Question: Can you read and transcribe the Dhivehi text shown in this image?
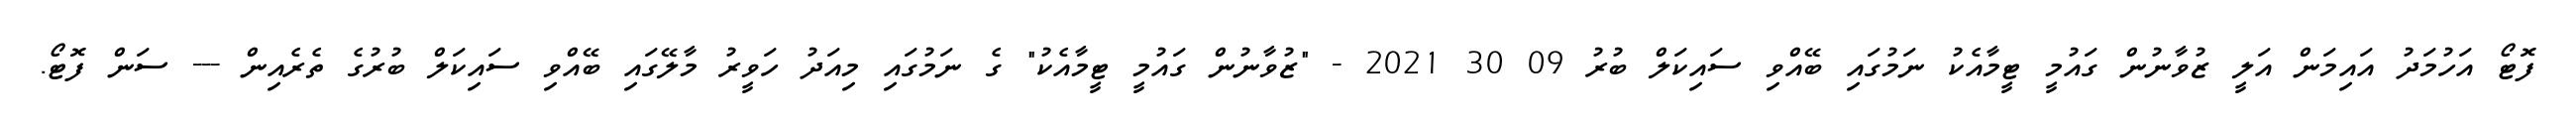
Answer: ފޮޓޯ އަހުމަދު އައިމަން އަލީ ޒުވާނުން ގައުމީ ޓީމާއެކު ނަމުގައި ބޭއްވި ސައިކަލް ބުރު 09 30 2021 - "ޒުވާނުން ގައުމީ ޓީމާއެކު" ގެ ނަމުގައި މިއަދު ހަވީރު މާލޭގައި ބޭއްވި ސައިކަލް ބުރުގެ ތެރެއިން --- ސަން ފޮޓޯ.